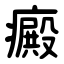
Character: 癜